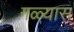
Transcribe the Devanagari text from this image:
गळ्यास